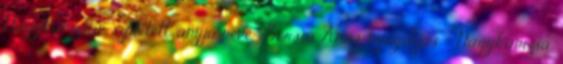
Nagykanizsán született, anyja neve: Borsos Anna, nyugdíjas – Nagykanizsa,